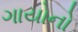
ગાયોનો